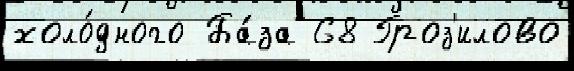
холо́дного Ба́за 68 Гроз'илово